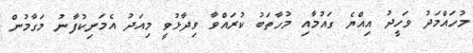
މުހައްމަދު ވަހީދު އިއްޔެ ގައުމާއި މުހާތަބު ކުރައްވާ ވިދާޅުވީ މިއަދު އެމަނިކުފާނު މަގާމުން